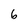
Character: 6